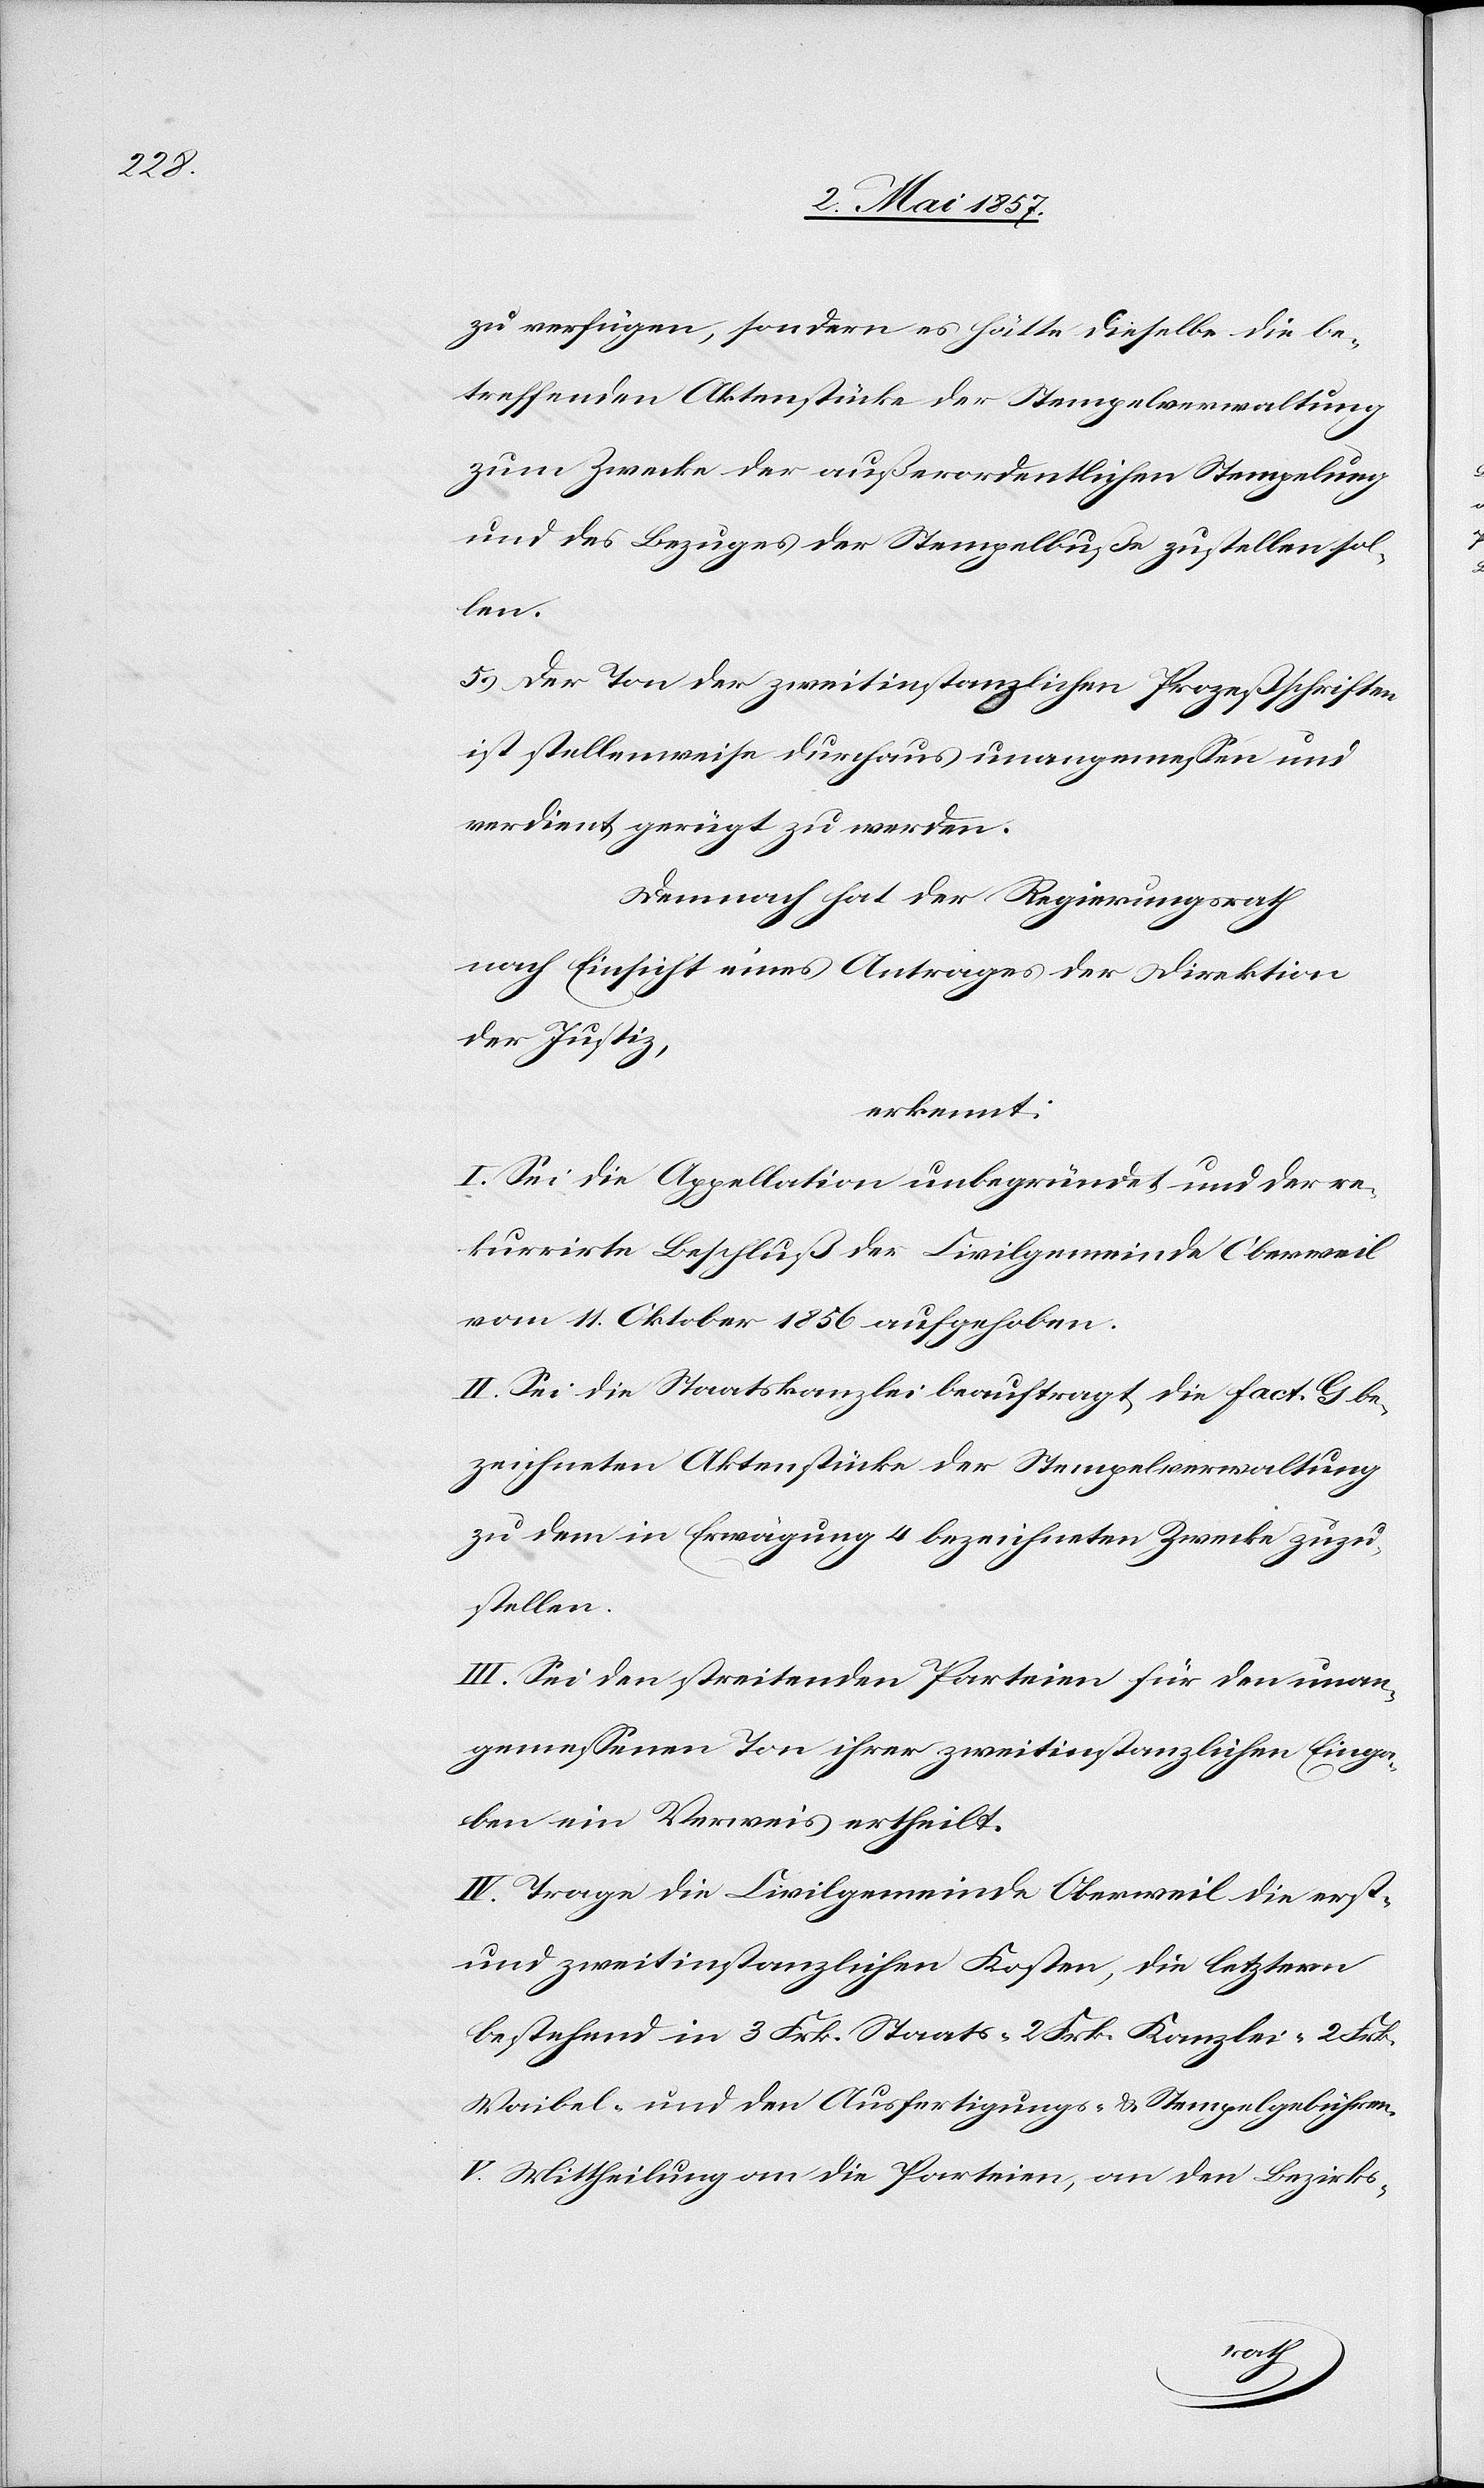
zu verfügen, sondern es hätte dieselbe die be¬
treffenden Aktenstücke der Stempelverwaltung
zum Zwecke der außerordentlichen Stempelung
und des Bezuges der Stempelgeldbuße zustellen sol¬
len.
5.) Der Ton der zweitinstanzlichen Prozeßschriften
ist stellenweise durchaus unangemeßen und
verdient gerügt zu werden.
Demnach hat der Regierungsrath
nach Einsicht eines Antrages der Direktion
der Justiz,
erkennt:
I. Sei die Appellation unbegründet und der re¬
kurrirte Beschluß der Civilgemeinde Oberweil
vom 11 Oktober 1856 aufgehoben.
II. Sei die Staatskanzlei beauftragt die Fact. G be¬
zeichneten Aktenstücke der Stempelverwaltung
zu dem in Erwägung 4 bezeichneten Zwecke zuzu¬
stellen.
III. Sei den streitenden Parteien für den unan¬
gemessenen Ton ihrer zweitinstanzlichen Einga¬
ben ein Verweis ertheilt.
IV. Trage die Civilgemeinde Oberweil die erst-
und zweitinstanzlichen Kosten, die letztern
bestehend in 3 Frk. Staats- 2 Frk. Kanzlei- 2 Frk.
Waibel- und den Ausfertigungs- u. Stempelgebühren.
V. Mittheilung an die Parteien, an den Bezirks-